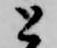
と